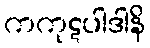
ကကုဋပါဒါနိ